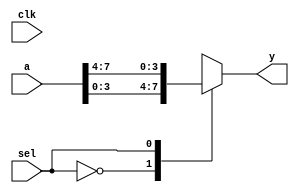

module Mux8x1(
	input clk,
	input sel,
	input [7:0] a,
	output reg [3:0] y
);

	wire [1:0] w;

	always @(sel) begin
		case(sel)
			0: y = a[3:0];
			1: y = a[7:4];
		endcase
	end

endmodule